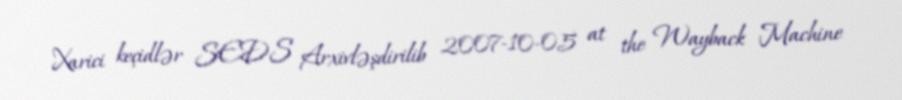
Xarici keçidlər SEDS Arxivləşdirilib 2007-10-05 at the Wayback Machine